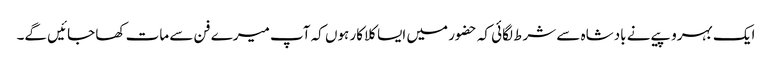
ایک بہروپیے نے بادشاہ سے شرط لگائی کہ حضور میں ایسا کلاکار ہوں کہ آپ میرے فن سے مات کھا جائیں گے۔